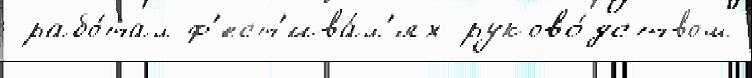
 рабо́тал ф'ест'ива́л'ях руково́дством